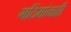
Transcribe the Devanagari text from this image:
गदिमांनाही